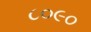
૮૦૯૦